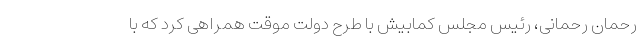
رحمان رحمانی، رئیس‌ مجلس کمابیش با طرح دولت موقت همراهی کرد که با